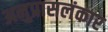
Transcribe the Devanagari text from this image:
अनुप्रासलंकार